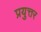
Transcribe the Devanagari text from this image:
प्रयुत्तर